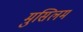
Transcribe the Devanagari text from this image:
मुसिलम